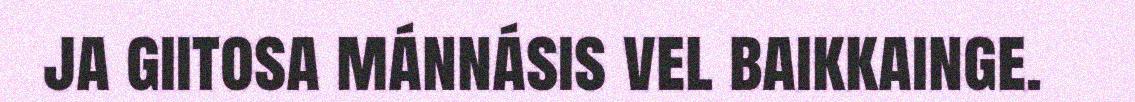
ja giitosa mánnásis vel baikkainge.